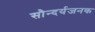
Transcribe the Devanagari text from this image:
सौन्दर्यजनक